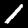
Label: 1